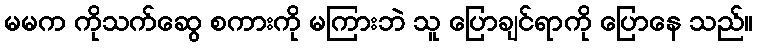
မမက ကိုသက်ဆွေ စကားကို မကြားဘဲ သူ ပြောချင်ရာကို ပြောနေ သည်။